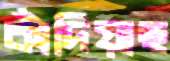
কাঁদিয়াছ